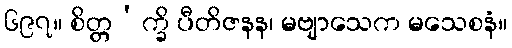
၆၉၇။ စိတ္တ’က္ခိ ပီတိဇနန၊ မဗျာသေက မသေစနံ။